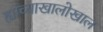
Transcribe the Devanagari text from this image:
ह्यांच्याखालोखाल